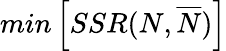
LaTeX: min\left[SSR(N,\overline{{N}})\right]